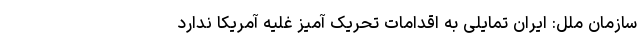
سازمان ملل: ایران تمایلی به اقدامات تحریک آمیز غلیه آمریکا ندارد